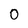
Character: 0